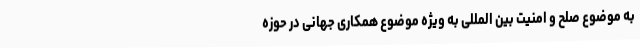
به موضوع صلح و امنیت بین المللی به ویژه موضوع همکاری جهانی در حوزه